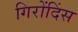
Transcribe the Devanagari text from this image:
गिरोंदिंस